Indian journal of veterinary science and animal husbandry - Volume 3,
Year: 1933
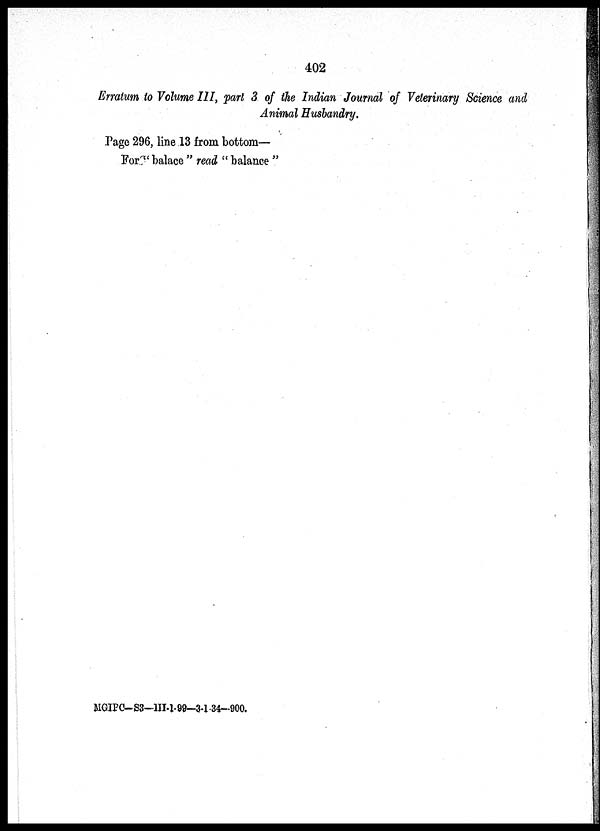
402
Erratum to Volume III, part 3 of the Indian Journal of Veterinary Science and
Animal Husbandry.
Page 296, line 13 from bottom—
For " balace " read " balance "
MGIPC- S3—III-1.99—3-1-34-900.